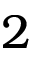
2